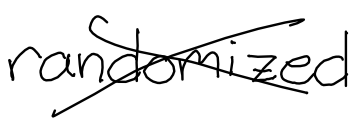
Text: randomized
Cross-out: cross
Writing tool: digital_black